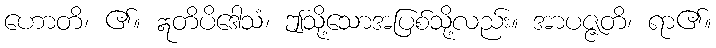
ဟောတိ၊ ၏။ ဣတိပိဒေါသံ၊ ဤသို့သောအပြစ်သို့လည်း။ အာပဇ္ဇတိ၊ ရာ၏။